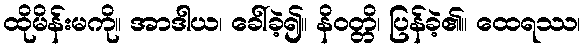
ထိုမိန်းမကို။ အာဒါယ၊ ခေါ်ခဲ့၍။ နိဝတ္တိ၊ ပြန်ခဲ့၏။ ထေရဿ၊